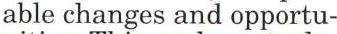
able changes and opportu-